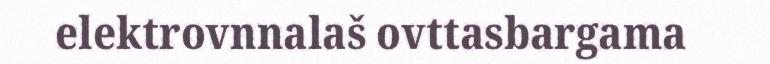
elektrovnnalaš ovttasbargama